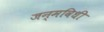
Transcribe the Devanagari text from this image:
जन्मविधी